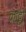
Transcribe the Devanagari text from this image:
क्रोट्टी